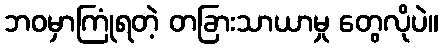
ဘဝမှာကြုံရတဲ့ တခြားသာယာမှု တွေလိုပဲ။